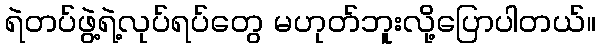
ရဲတပ်ဖွဲ့ရဲ့လုပ်ရပ်တွေ မဟုတ်ဘူးလို့ပြောပါတယ်။